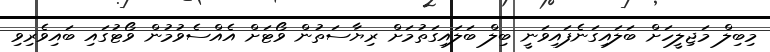
މިބިލް މަޖިލީހަށް ބަލައިގަނެފައިވަނީ ބިލް ބަލައިގަތުމަށް ރިޔާސަތުން ވޯޓަށް އެއްސެވުމުން ވޯޓުގައި ބައިވެރިވި